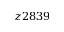
z 2 8 3 9